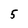
Character: 5